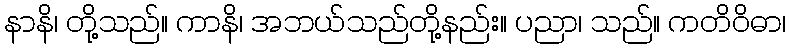
နာနိ၊ တို့သည်။ ကာနိ၊ အဘယ်သည်တို့နည်း။ ပညာ၊ သည်။ ကတိဝိဓာ၊